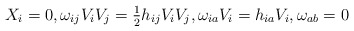
\begin{align*}X_i= 0, \omega_{ij}V_i V_j = \tfrac{1}{2} h_{ij}V_i V_j, \omega_{ia}V_i = h_{ia}V_i, \omega_{ab} = 0\end{align*}